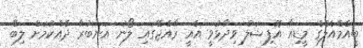
ބީއެމްއެލްގެ މީޑިއާ އޮފިޝަލް ވިދާޅުވީ އެއީ ރާއްޖޭގައި ލޯނު އަނބުރާ ދެއްކުމަށް ލިބޭ